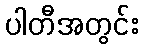
ပါတီအတွင်း